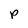
Character: p